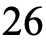
26